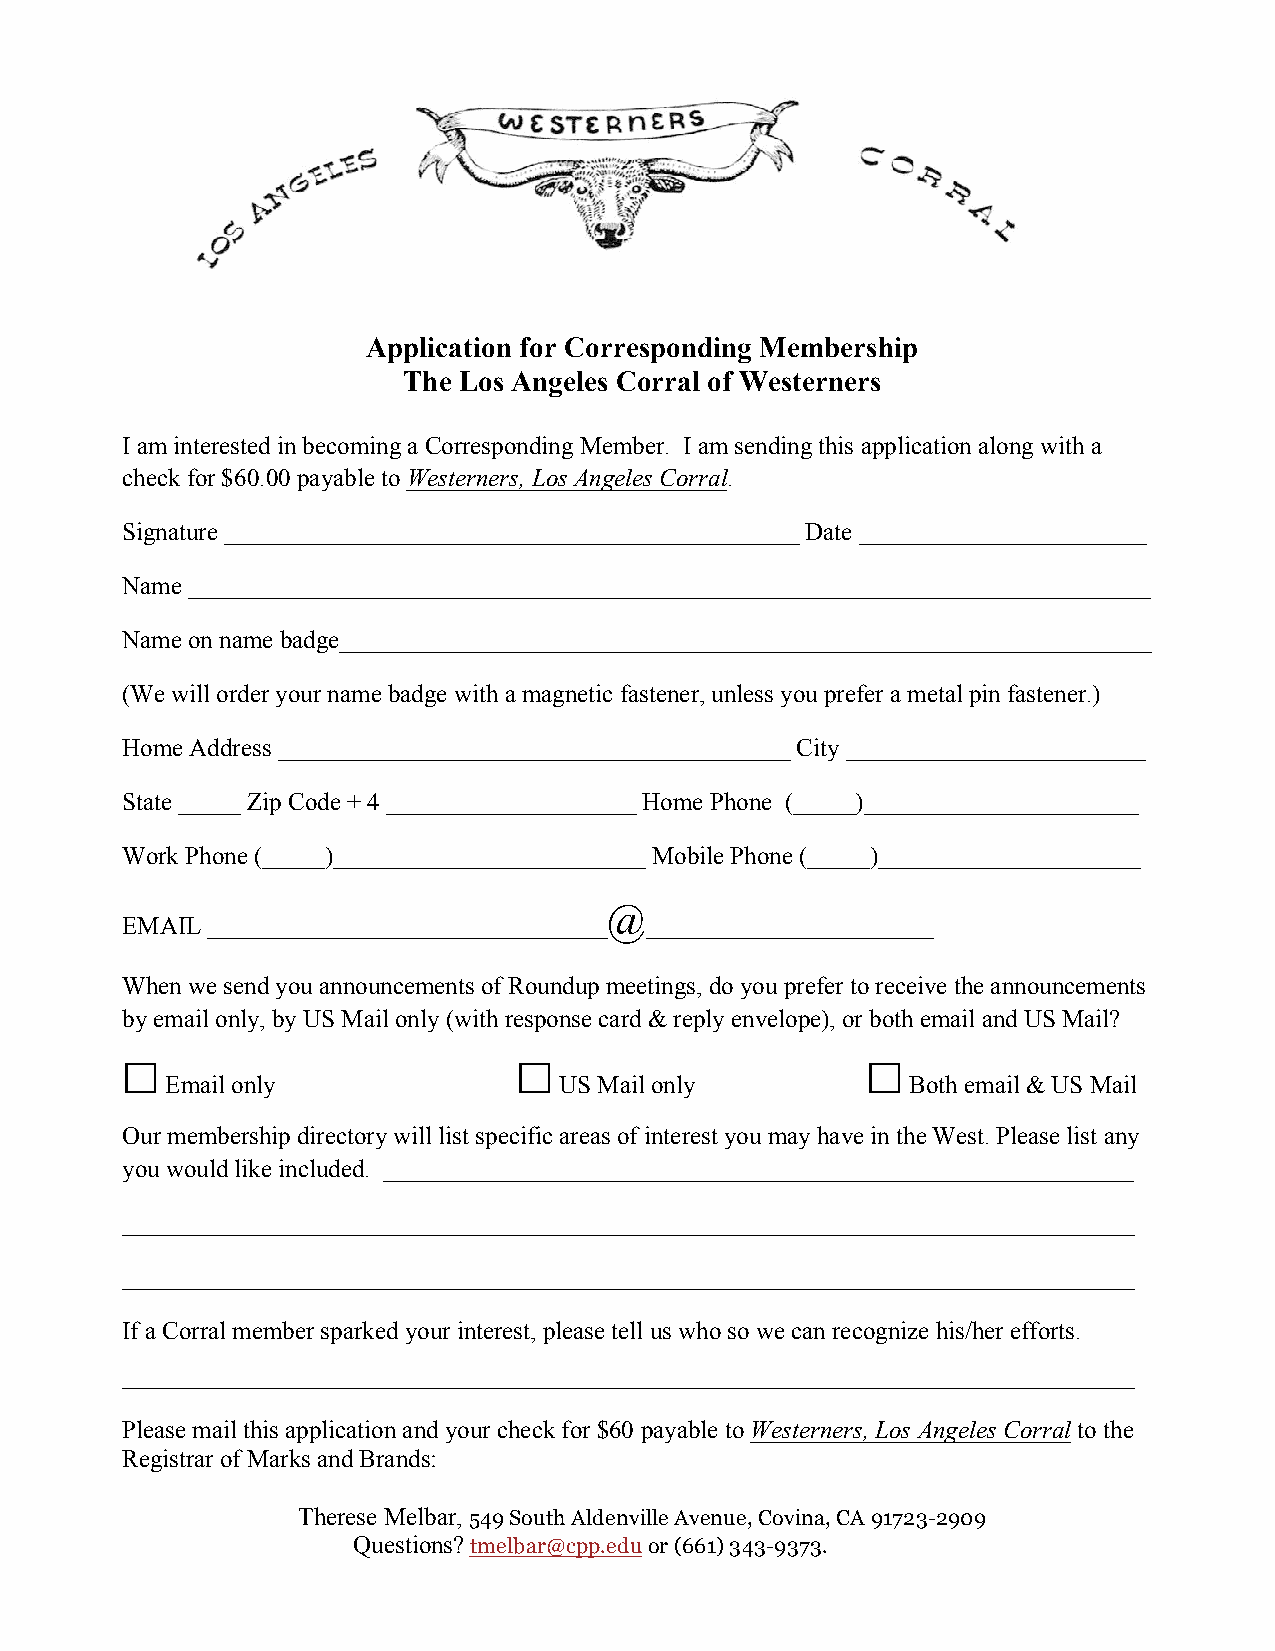
Application for Corresponding Membership
 The Los Angeles Corral of Westerners
 I am interested in becoming a Corresponding Member. I am sending this application along with a
 check for $60.00 payable to Westerners, Los Angeles Corral.
 Signature ______________________________________________ Date _______________________
 Name _____________________________________________________________________________
 Name on name badge_________________________________________________________________
 (We will order your name badge with a magnetic fastener, unless you prefer a metal pin fastener.)
 Home Address _________________________________________ City ________________________
 State _____ Zip Code + 4 ____________________ Home Phone (_____)______________________
 Work Phone (_____)_________________________ Mobile Phone (_____)_____________________
 @
 EMAIL ________________________________ _______________________
 When we send you announcements of Roundup meetings, do you prefer to receive the announcements
 by email only, by US Mail only (with response card & reply envelope), or both email and US Mail?
 £                         £                      £
 Email only                US Mail only           Both email & US Mail
 Our membership directory will list specific areas of interest you may have in the West. Please list any
 you would like included. ____________________________________________________________
 _________________________________________________________________________________
 _________________________________________________________________________________
 If a Corral member sparked your interest, please tell us who so we can recognize his/her efforts.
 _________________________________________________________________________________
 Please mail this application and your check for $60 payable to Westerners, Los Angeles Corral to the
 Registrar of Marks and Brands:
 Therese Melbar, 549 South Aldenville Avenue, Covina, CA 91723-2909
 Questions? tmelbar@cpp.edu or (661) 343-9373.